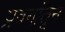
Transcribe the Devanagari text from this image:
प्रवर्गातून